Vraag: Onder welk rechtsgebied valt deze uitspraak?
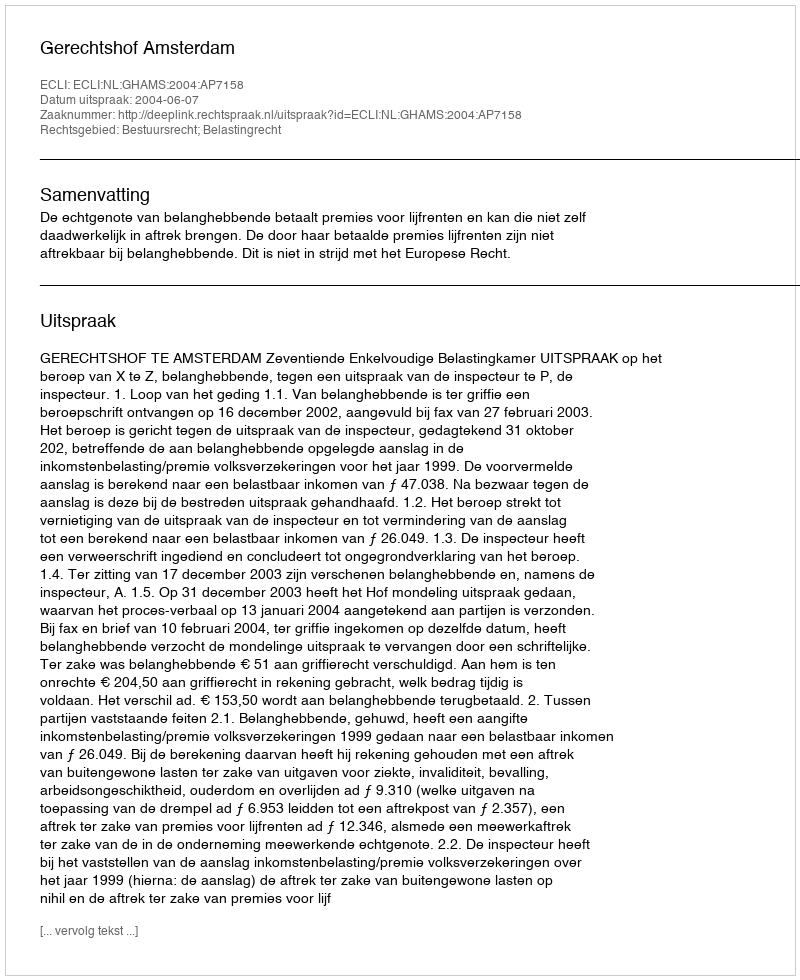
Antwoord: Bestuursrecht; Belastingrecht